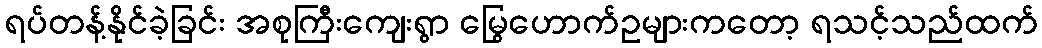
ရပ်တန့်နိုင်ခဲ့ခြင်း အစုကြီးကျေးရွာ မြွေဟောက်ဥများကတော့ ရသင့်သည်ထက်